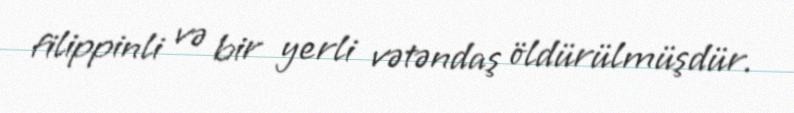
filippinli və bir yerli vətəndaş öldürülmüşdür.